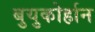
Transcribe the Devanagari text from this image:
बुयुकोर्हान